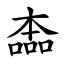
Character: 㮺